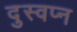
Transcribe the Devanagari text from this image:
दुस्वप्न